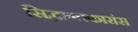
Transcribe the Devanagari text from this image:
सिद्धान्तकारांस